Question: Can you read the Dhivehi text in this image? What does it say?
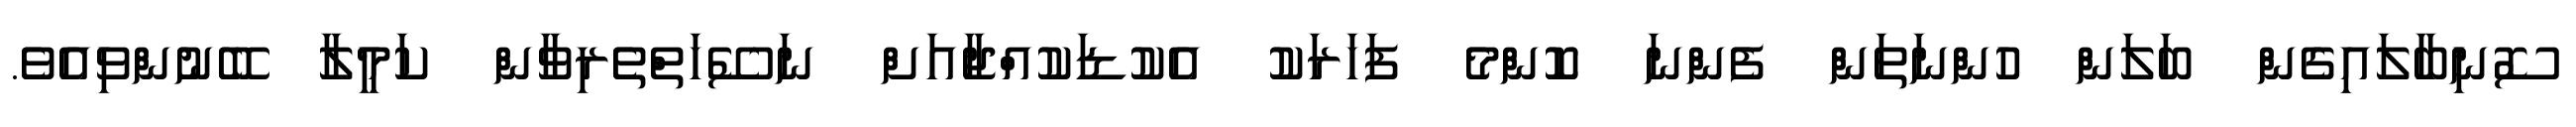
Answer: ސޮނިބާލައިގެން ބަލަން ހުންނަތަން ފެންނަ ކޮންމެ ފަހަރަކު އެކުޑަކުއްޖާއަށް ނަސޭހަތްތެރިވާން ކަމީލާ ބޭނުންވިއެވެ.